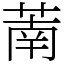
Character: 萳